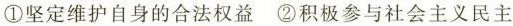
①坚定维护自身的合法权益②积极参与社会主义民主